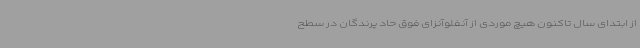
از ابتدای سال تاکنون هیچ موردی از آنفلوآنزای فوق حاد پرندگان در سطح